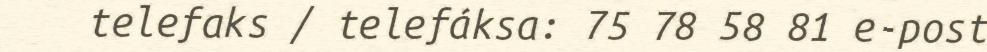
telefaks / telefáksa: 75 78 58 81 e-post